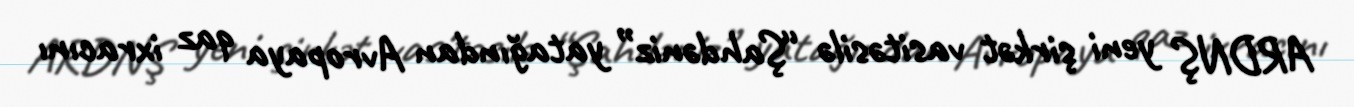
ARDNŞ yeni şirkət vasitəsilə “Şahdəniz” yatağından Avropaya qaz ixracını